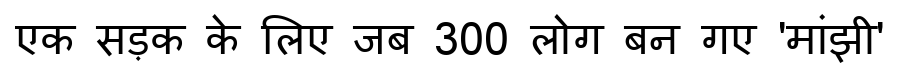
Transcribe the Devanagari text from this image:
एक सड़क के लिए जब 300 लोग बन गए 'मांझी'